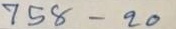
758 - 20